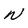
Character: N